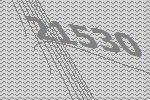
21530